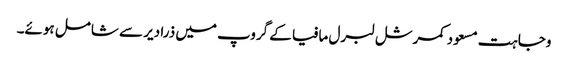
وجاہت مسعود کمرشل لبرل مافیا کے گروپ میں ذرا دیر سے شامل ہوئے۔